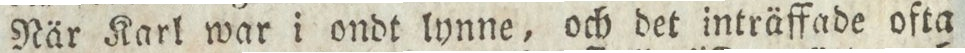
När Karl war i ondt lynne, och det inträffade ofta